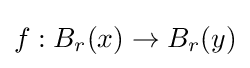
f:B_{r}(x)\rightarrow B_{r}(y)